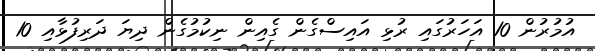
އުމުރުން 10 އަހަރުގައި ރުޅި އައިސްގެން ގެއިން ނިކުމުގެން ދިޔަ ދަރިފުޅާއި 10